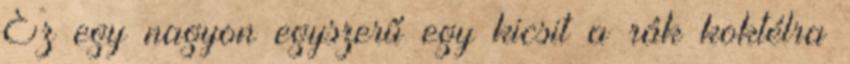
Ez egy nagyon egyszerű egy kicsit a rák koktélra